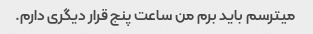
میترسم باید برم من ساعت پنج قرار دیگری دارم.